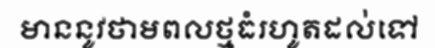
មាននូវថាមពលថ្មធំរហូតដល់ទៅ